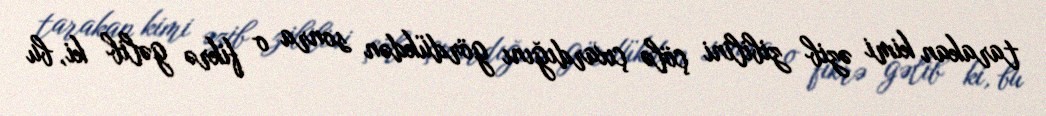
tarakan kimi əzib zibilini çölə çıxardığını gördükdən sonra o fikrə gəlib ki, bu